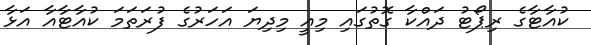
ކުއާޓާގެ ރިޕޯޓު ދައްކާ ގޮތުގައި މިއީ މިދިޔަ އަހަރުގެ ފުރަތަމަ ކުއާޓާއާ އަޅާ